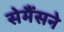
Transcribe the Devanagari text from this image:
सेमैंसने